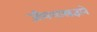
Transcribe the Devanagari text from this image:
जीवशास्त्रज्ञाने